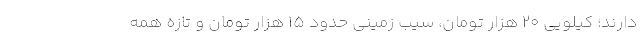
دارند؛ کیلویی ۲۰ هزار تومان، سیب زمینی حدود ۱۵ هزار تومان و تازه همه